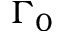
\Gamma _ { 0 }